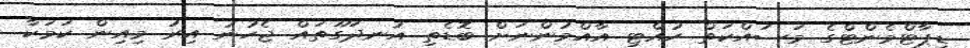
ޑިޕާޓްމެންޓްގެ މަސައްކަތް ހުއްޓި އާއްމުންނަށް ބޮޑެތި އުނދަގޫތައް ޖެހުނު އިރު މިއިން ކަމަކާ